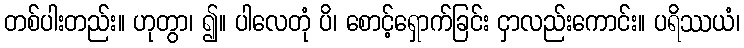
တစ်ပါးတည်း။ ဟုတွာ၊ ၍။ ပါလေတုံ ပိ၊ စောင့်ရှောက်ခြင်း ငှာလည်းကောင်း။ ပရိဿယံ၊